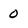
Character: 0